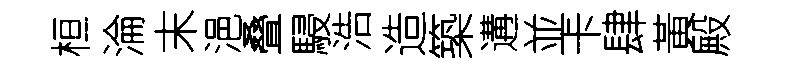
桓淪末浥叠駸浩造築遘並卡肆黃殿